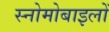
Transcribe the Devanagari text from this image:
स्नोमोबाइलों